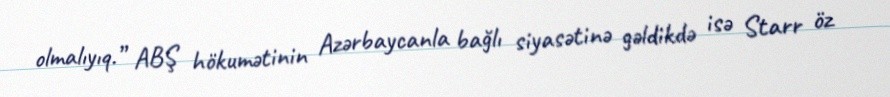
olmalıyıq.” ABŞ hökumətinin Azərbaycanla bağlı siyasətinə gəldikdə isə Starr öz